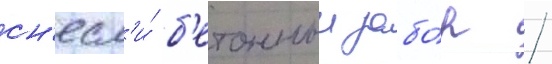
сн'есл'и́ б'етонныи забо́р /